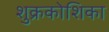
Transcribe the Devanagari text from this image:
शुक्रकोशिका